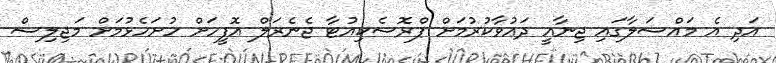
އަދި އެ މައްސަލާގައި ޖިނާއީ ދައުވާކުރުމަށް ޕްރޮސެކިއުޓާ ޖެނެރަލް އޮފީހަށް ހުށަހެޅުމަށް މަޖިލިސް